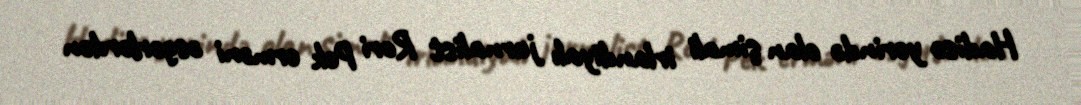
Hadisə yerində olan şimali irlandiyalı jurnalist Rori Pek erməni əsgərlərdən